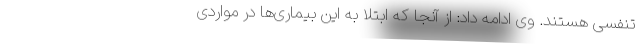
تنفسی هستند. وی ادامه داد: از آنجا که ابتلا به این بیماری‌ها در مواردی